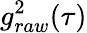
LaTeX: {g_{raw}^{2}(\tau)}